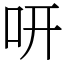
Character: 咞